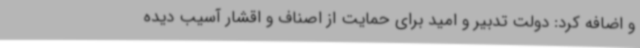
و اضافه کرد: دولت تدبیر و امید برای حمایت از اصناف و اقشار آسیب دیده